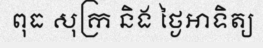
ពុធ សុក្រ និង ថ្ងៃអាទិត្យ